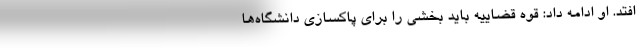
‌افتد. او ادامه داد: قوه قضاییه باید بخشی را برای پاکسازی دانشگاه‌ها